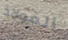
الفولاذ